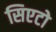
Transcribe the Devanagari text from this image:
सिएटो